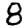
Digit: 8